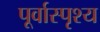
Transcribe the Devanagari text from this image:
पूर्वास्पृश्य